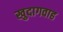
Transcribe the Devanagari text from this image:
खुदागवाह